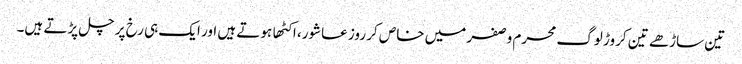
تین ساڑهے تین کروڑ لوگ محرم وصفر میں خاص کر روز عاشور، اکٹها ہوتے ہیں اور ایک ہی رخ پر چل پڑتے ہیں۔